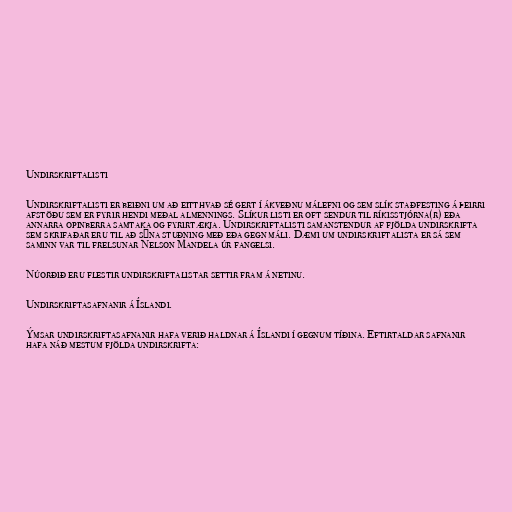
Undirskriftalisti

Undirskriftalisti er beiðni um að eitthvað sé gert í ákveðnu málefni og sem slík staðfesting á þeirri
afstöðu sem er fyrir hendi meðal almennings. Slíkur listi er oft sendur til ríkisstjórna(r) eða
annarra opinberra samtaka og fyrirtækja. Undirskriftalisti samanstendur af fjölda undirskrifta
sem skrifaðar eru til að sýna stuðning með eða gegn máli. Dæmi um undirskriftalista er sá sem
saminn var til frelsunar Nelson Mandela úr fangelsi.

Núorðið eru flestir undirskriftalistar settir fram á netinu.

Undirskriftasafnanir á Íslandi.

Ýmsar undirskriftasafnanir hafa verið haldnar á Íslandi í gegnum tíðina. Eftirtaldar safnanir
hafa náð mestum fjölda undirskrifta: